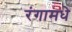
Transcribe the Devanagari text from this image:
रंगामधे